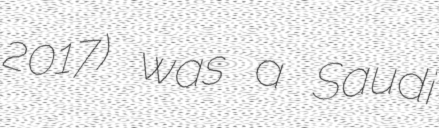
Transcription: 2017) was a Saudi